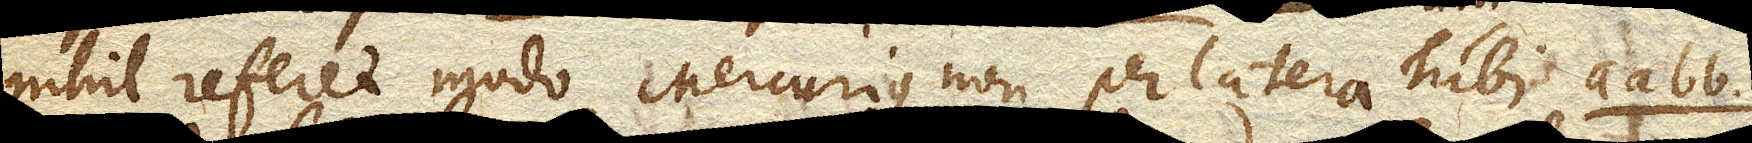
nihil referet modo Mercurius non per latera Tubi aa bb.